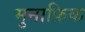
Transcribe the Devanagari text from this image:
मुनाफ़िक